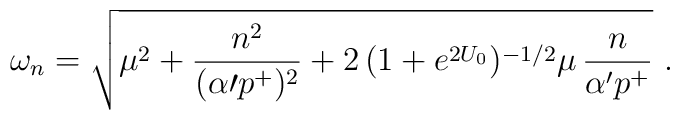
\omega_n=\sqrt{\mu^2+{n^2\over (\alpha{\prime}p^+)^2}+2\,(1+e^{2U_0})^{-1/2}\mu\,{n\over \alpha^{\prime}p^+}} \ .